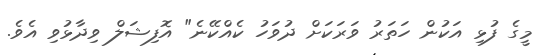
މީގެ ފުޅި އަކުން ހަތަރު ވަރަކަށް ދުވަހު ކެއްކޭނެ" އޮފިޝަލް ވިދާޅުވި އެވެ.